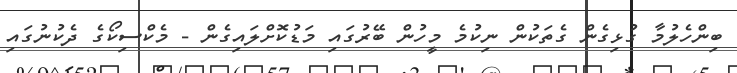
ބިންހެލުމާ ގުޅިގެން ގެތަކުން ނިކުމެ މީހުން ބޭރުގައި މަޑުކޮށްލައިގެން - މެކްސިކޯގެ ދެކުނުގައި